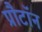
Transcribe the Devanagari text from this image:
प्रौटॉन